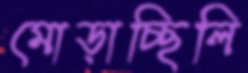
মোড়াচ্ছিলি